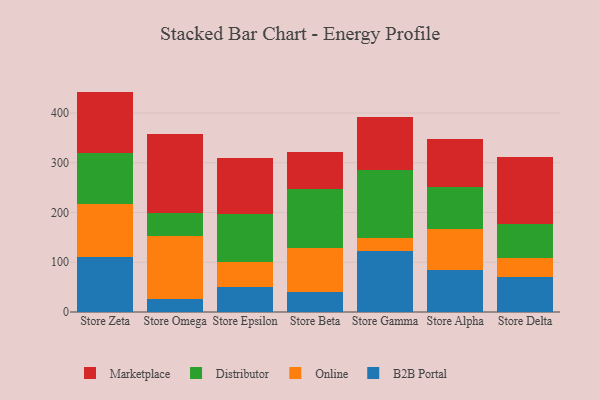
{"axis": {"x": "Store", "y": "Market Share (%)"}, "legend": ["B2B Portal", "Distributor", "Marketplace", "Online"], "data": [{"x": "Store Zeta", "y": 110.6, "type": "B2B Portal"}, {"x": "Store Zeta", "y": 106.2, "type": "Online"}, {"x": "Store Zeta", "y": 102.6, "type": "Distributor"}, {"x": "Store Zeta", "y": 123.7, "type": "Marketplace"}, {"x": "Store Omega", "y": 25.2, "type": "B2B Portal"}, {"x": "Store Omega", "y": 126.8, "type": "Online"}, {"x": "Store Omega", "y": 46.7, "type": "Distributor"}, {"x": "Store Omega", "y": 158.3, "type": "Marketplace"}, {"x": "Store Epsilon", "y": 51.2, "type": "B2B Portal"}, {"x": "Store Epsilon", "y": 48.9, "type": "Online"}, {"x": "Store Epsilon", "y": 97.7, "type": "Distributor"}, {"x": "Store Epsilon", "y": 111.2, "type": "Marketplace"}, {"x": "Store Beta", "y": 40.4, "type": "B2B Portal"}, {"x": "Store Beta", "y": 88.1, "type": "Online"}, {"x": "Store Beta", "y": 118.8, "type": "Distributor"}, {"x": "Store Beta", "y": 75.2, "type": "Marketplace"}, {"x": "Store Gamma", "y": 122.1, "type": "B2B Portal"}, {"x": "Store Gamma", "y": 25.9, "type": "Online"}, {"x": "Store Gamma", "y": 136.9, "type": "Distributor"}, {"x": "Store Gamma", "y": 106.3, "type": "Marketplace"}, {"x": "Store Alpha", "y": 83.7, "type": "B2B Portal"}, {"x": "Store Alpha", "y": 83.4, "type": "Online"}, {"x": "Store Alpha", "y": 83.7, "type": "Distributor"}, {"x": "Store Alpha", "y": 98.0, "type": "Marketplace"}, {"x": "Store Delta", "y": 70.4, "type": "B2B Portal"}, {"x": "Store Delta", "y": 38.0, "type": "Online"}, {"x": "Store Delta", "y": 68.9, "type": "Distributor"}, {"x": "Store Delta", "y": 135.3, "type": "Marketplace"}]}